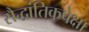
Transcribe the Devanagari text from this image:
सैद्धांतिकपेक्षा